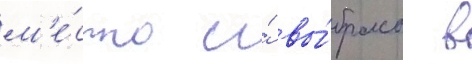
м'е́сто и́ вы́бросы в